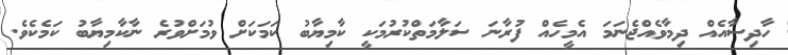
ހާދިސާއެއް ދިމާވެއްޖެނަމަ އެމީހެއް ފުރާނަ ސަލާމަތްކުރުމަކީ ކާމިޔާބު ކަމަކަށް ވުމަށްވުރެ ނާކާމިޔާބު ކަމެކެވެ.